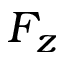
F _ { z }